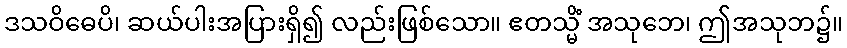
ဒသဝိဓေပိ၊ ဆယ်ပါးအပြားရှိ၍ လည်းဖြစ်သော။ ဧတသ္မိံ အသုဘေ၊ ဤအသုဘ၌။